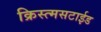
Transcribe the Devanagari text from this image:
क्रिस्त्मसटाईड